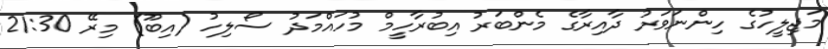
މަޖިލީހުގެ ހިންނަވަރު ދާއިރާގެ މެންބަރު އިބުރާހީމް މުހައްމަދު ސޯލިހު (އިބޫ) މިރޭ 21:30